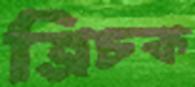
ত্রিচক